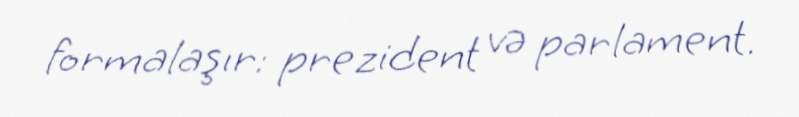
formalaşır: prezident və parlament.